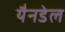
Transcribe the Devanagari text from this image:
यैनडेल